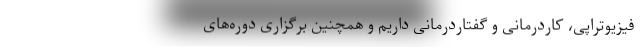
فیزیوتراپی، کاردرمانی و گفتاردرمانی داریم و همچنین برگزاری دوره‌های